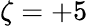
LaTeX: \zeta=+5